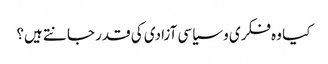
کیا وہ فکری و سیاسی آزادی کی قدر جانتے ہیں؟